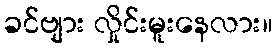
ခင်ဗျား လှိုင်းမူးနေလား။